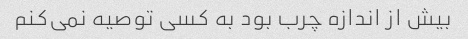
بیش از اندازه چرب بود به کسی توصیه نمی‌کنم